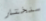
سنختار